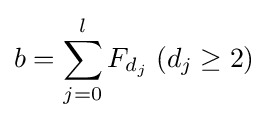
b=\sum _{j=0}^{l}F_{d_{j}}\;(d_{j}\geq 2)